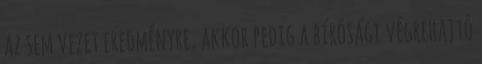
az sem vezet eredményre, akkor pedig a bírósági végrehajtó